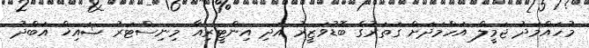
މުހައްމަދު ޖަމީލް އަހްމަދަށް ގަތަރުގެ ބޮޑުވަޒީރު އަދި އިންޓީރިއާ މިނިސްޓަރު ޝައިޚް އަބްދު